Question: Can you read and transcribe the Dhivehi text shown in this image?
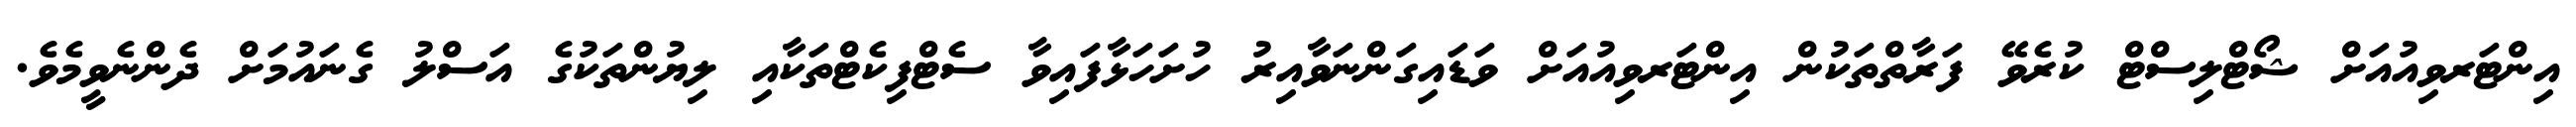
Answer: އިންޓަރވިއުއަށް ޝޯޓްލިސްޓް ކުރެވޭ ފަރާތްތަކުން އިންޓަރވިއުއަށް ވަޑައިގަންނަވާއިރު ހުށަހަޅާފައިވާ ސެޓްފިކެޓްތަކާއި ލިޔުންތަކުގެ އަސްލު ގެނައުމަށް ދެންނެވީމެވެ.